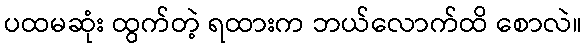
ပထမဆုံး ထွက်တဲ့ ရထားက ဘယ်လောက်ထိ စောလဲ။